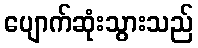
ပျောက်ဆုံးသွားသည်